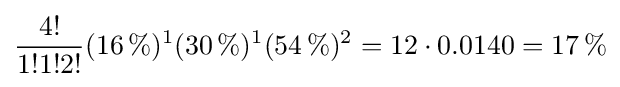
{\frac {4!}{1!1!2!}}(16\,\%)^{1}(30\,\%)^{1}(54\,\%)^{2}=12\cdot 0.0140=17\,\%